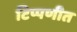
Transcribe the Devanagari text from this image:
टिप्पणीत